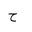
Letter: _ha